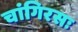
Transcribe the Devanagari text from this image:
चांगिरसः